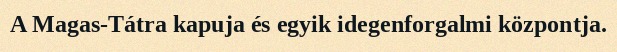
A Magas-Tátra kapuja és egyik idegenforgalmi központja.